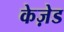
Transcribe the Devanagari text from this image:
केज़ेड